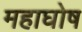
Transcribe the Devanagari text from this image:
महाघोष